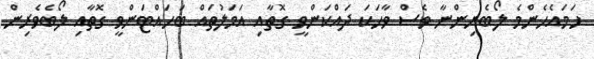
ހަމައެހެންމެ ލޯބެރިންނާ ވެސް ވާހަކަ ދައްކަންވީ ގޮތާއި އަމަލުތައް ބަހައްޓަންވީ ގޮތާއި ލޯބެވެރިން